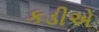
કડીએ